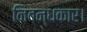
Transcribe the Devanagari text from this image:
निबन्धकार।